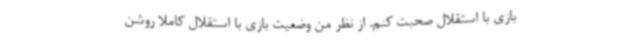
بازی با استقلال صحبت کنم. از نظر من وضعیت بازی با استقلال کاملا روشن